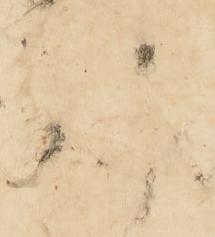
報